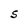
Character: S